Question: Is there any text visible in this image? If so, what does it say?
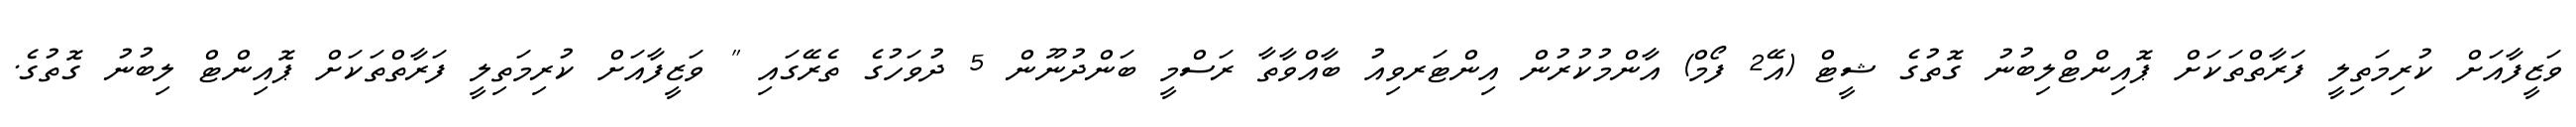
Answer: ވަޒީފާއަށް ކުރިމަތިލީ ފަރާތްތަކަށް ޕޮއިންޓްލިބުނު ގޮތުގެ ޝީޓް (އޭ2 ފޯމް) އާންމުކުރުން އިންޓަރވިއު ބާއްވާތާ ރަސްމީ ބަންދުނޫން 5 ދުވަހުގެ ތެރޭގައި " ވަޒީފާއަށް ކުރިމަތިލީ ފަރާތްތަކަށް ޕޮއިންޓް ލިބުނު ގޮތުގެ.